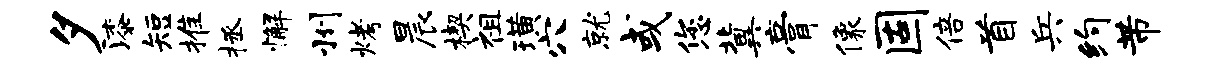
夕漆短推拯懈州烤晨楔祖璜穴就或您冀膏像固倍首兵约芾